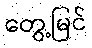
တွေ့မြင်